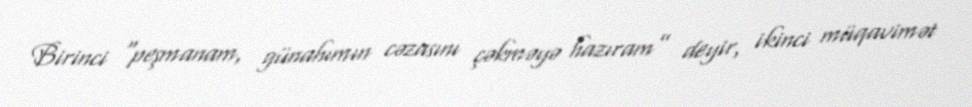
Birinci “peşmanam, günahımın cəzasını çəkməyə hazıram” deyir, ikinci müqavimət